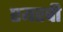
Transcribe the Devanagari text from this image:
एयरची